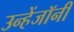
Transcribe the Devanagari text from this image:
उन्हेंजॉनी